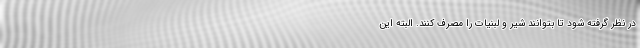
در نظر گرفته شود تا بتوانند شیر و لبنیات را مصرف کنند. البته این